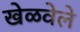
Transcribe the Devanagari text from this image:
खेळवेले